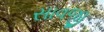
સાવજી